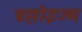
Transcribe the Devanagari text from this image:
ब्रह्मोइज्म